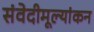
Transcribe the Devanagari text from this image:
संवेदीमूल्यांकन